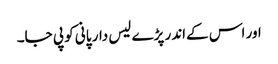
اور اس کےاندر پڑے لیس دار پانی کو پی جا۔